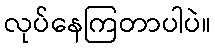
လုပ်နေကြတာပါပဲ။